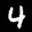
Label: 4